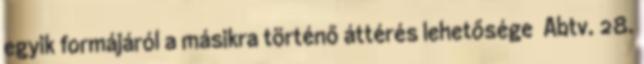
egyik formájáról a másikra történő áttérés lehetősége Abtv. 28.